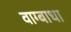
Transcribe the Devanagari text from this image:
वाग्बाधा